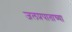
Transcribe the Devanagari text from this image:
जलप्रपाताच्या